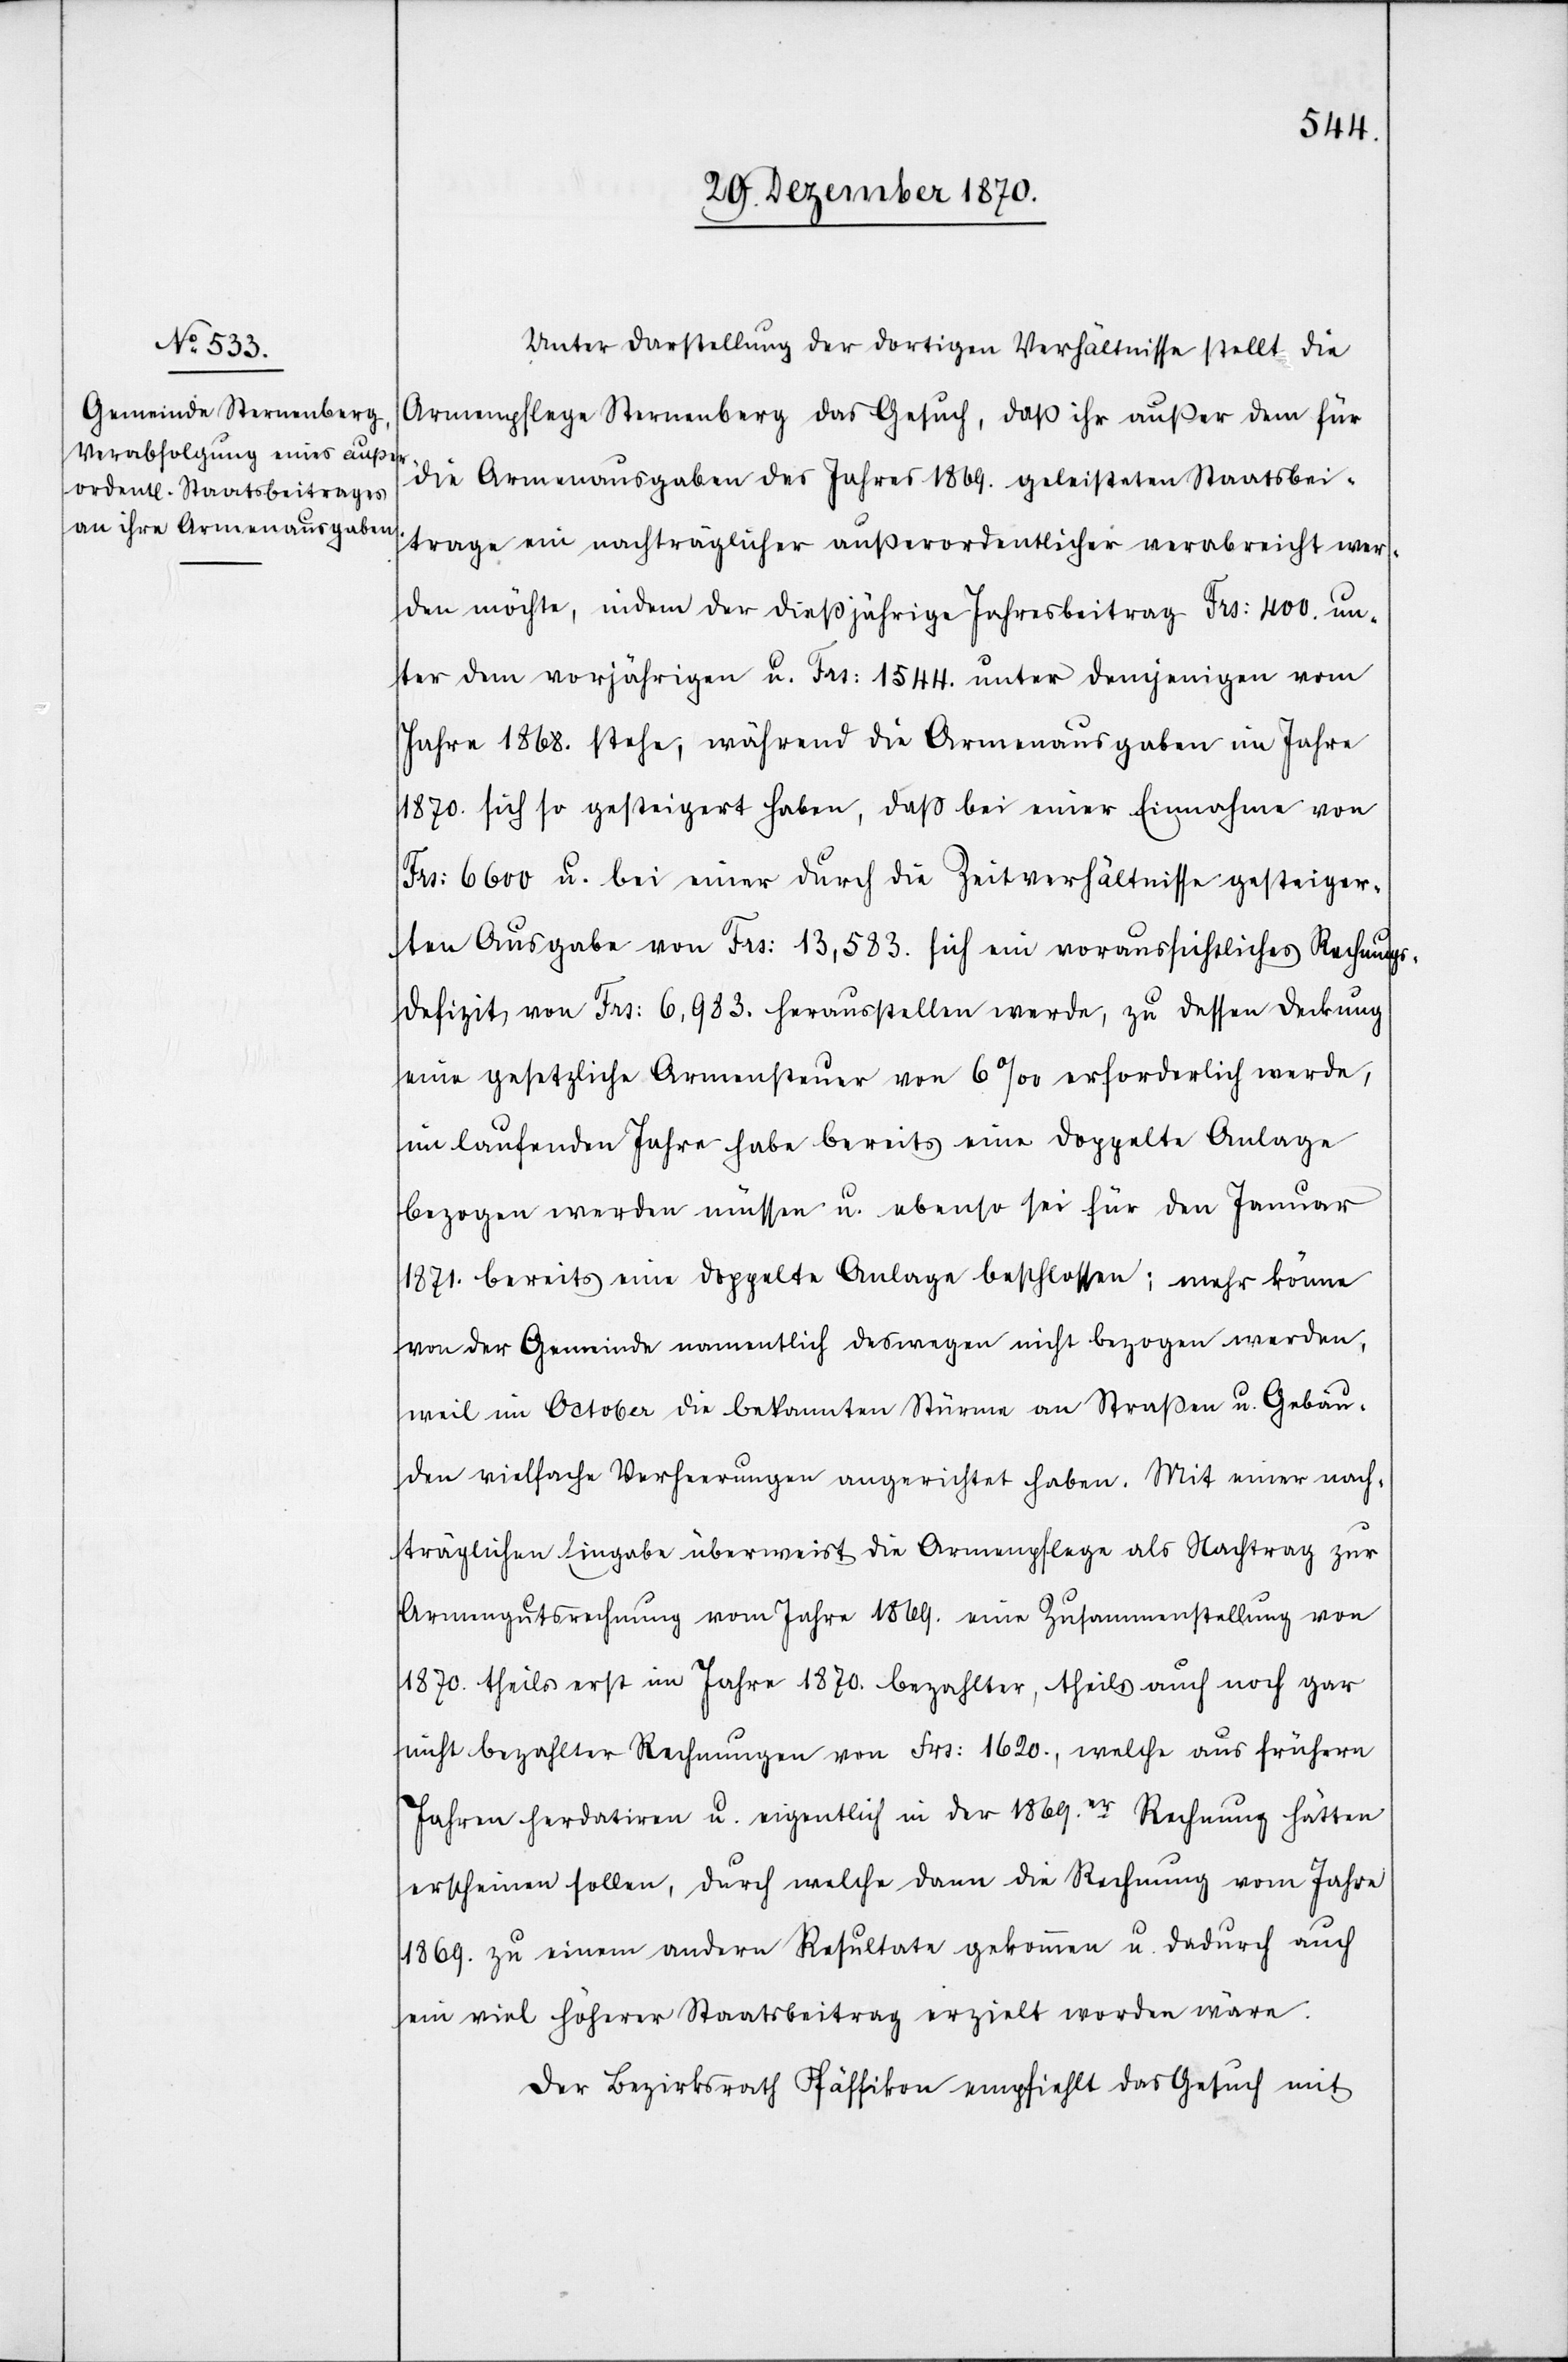
Unter Darstellung der dortigen Verhältnisse stellt die
Armenpflege Sternenberg das Gesuch, daß ihr außer dem für
die Armenausgaben des Jahres 1869. geleisteten Staatsbei¬
trage ein nachträglicher außerordentlicher verabreicht wer¬
den möchte, indem der dießjährige Jahresbeitrag Frs: 400. un¬
ter dem vorjährigen u. Frs: 1544. unter demjenigen vom
Jahre 1868. stehe, während die Armenausgaben im Jahre
1870. sich so gesteigert haben, daß bei einer Einnahme von
Frs: 6,983. u. bei einer durch die Zeitverhältnisse gesteiger¬
ten Ausgabe von Frs: 13,583. sich ein voraussichtliches Rechnungs¬
defizit von Frs: 13,983 herausstellen werde, zu dessen Deckung
eine gesetzliche Armensteuer von 6‰ erforderlich werde,
im laufenden Jahre habe bereits eine doppelte Anlage
bezogen werden müssen u. ebenso sei für den Januar
1871. bereits eine doppelte Anlage beschlossen; mehr könne
von der Gemeinde namentlich deswegen nicht bezogen werden,
weil im October die bekannten Stürme an Straßen u. Gebäu¬
den vielfache Verheerungen angerichtet haben. Mit einer nach¬
träglichen Eingabe überweist die Armenpflege als Nachtrag zur
Armengutrechnung vom Jahre 1869. eine Zusammenstellung von
1870. – theils erst im Jahre 1870. bezahlter, theils auch noch gar
nicht bezahlter Rechnungen von Frs: 1620., welche aus frühern
Jahren her datiren u. eigentlich in der 1869.er Rechnung hätten
erscheinen sollen, durch welche dann die Rechnung vom Jahre
1869. zu einem andern Resultate gekommen u. dadurch auch
ein viel höherer Staatsbeitrag erzielt worden wäre.
Der Bezirksrath Pfäffikon empfiehlt das Gesuch mit